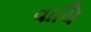
વાચિ